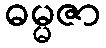
ဓမ္မဇာ